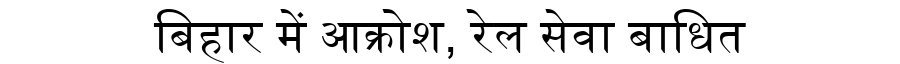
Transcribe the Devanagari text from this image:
बिहार में आक्रोश, रेल सेवा बाधित